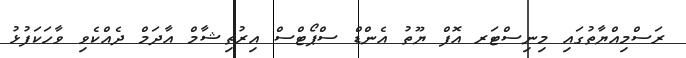
ރަސްމިއްޔާތުގައި މިނިސްޓަރ އޮފް ޔޫތު އެންޑް ސްޕޯޓްސް އިރުތިޝާމް އާދަމް ދެއްކެވި ވާހަކަފުޅު